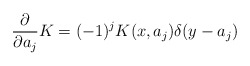
\begin{align*}{\partial\over\partial a_j} K = (-1)^j K(x,a_j)\delta(y-a_j)\end{align*}